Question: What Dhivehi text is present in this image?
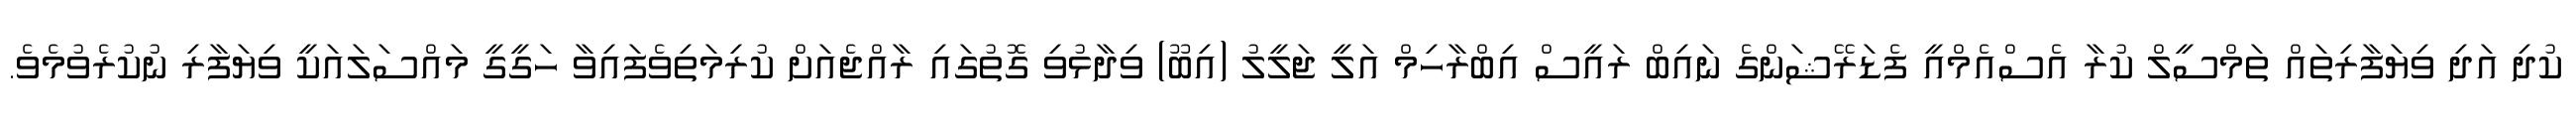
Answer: ކުދި އަދި ވިޔަފާރިތައް ތަމްސީލް ކުރާ އެސްއެމްއީ ފެޑަރޭޝަންގެ ނައިބް ރައީސް އިބްރާހިމް އަލީ ޖަލީލު (އިބޫ) ވިދާޅުވި ގޮތުގައި ރާއްޖެއަށް ކުރިމަތިވެފައިވާ ހަގީގީ މައްސަލައަކީ ވިޔަފާރި ނުކުރެވުމެވެ.